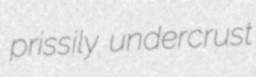
prissily undercrust